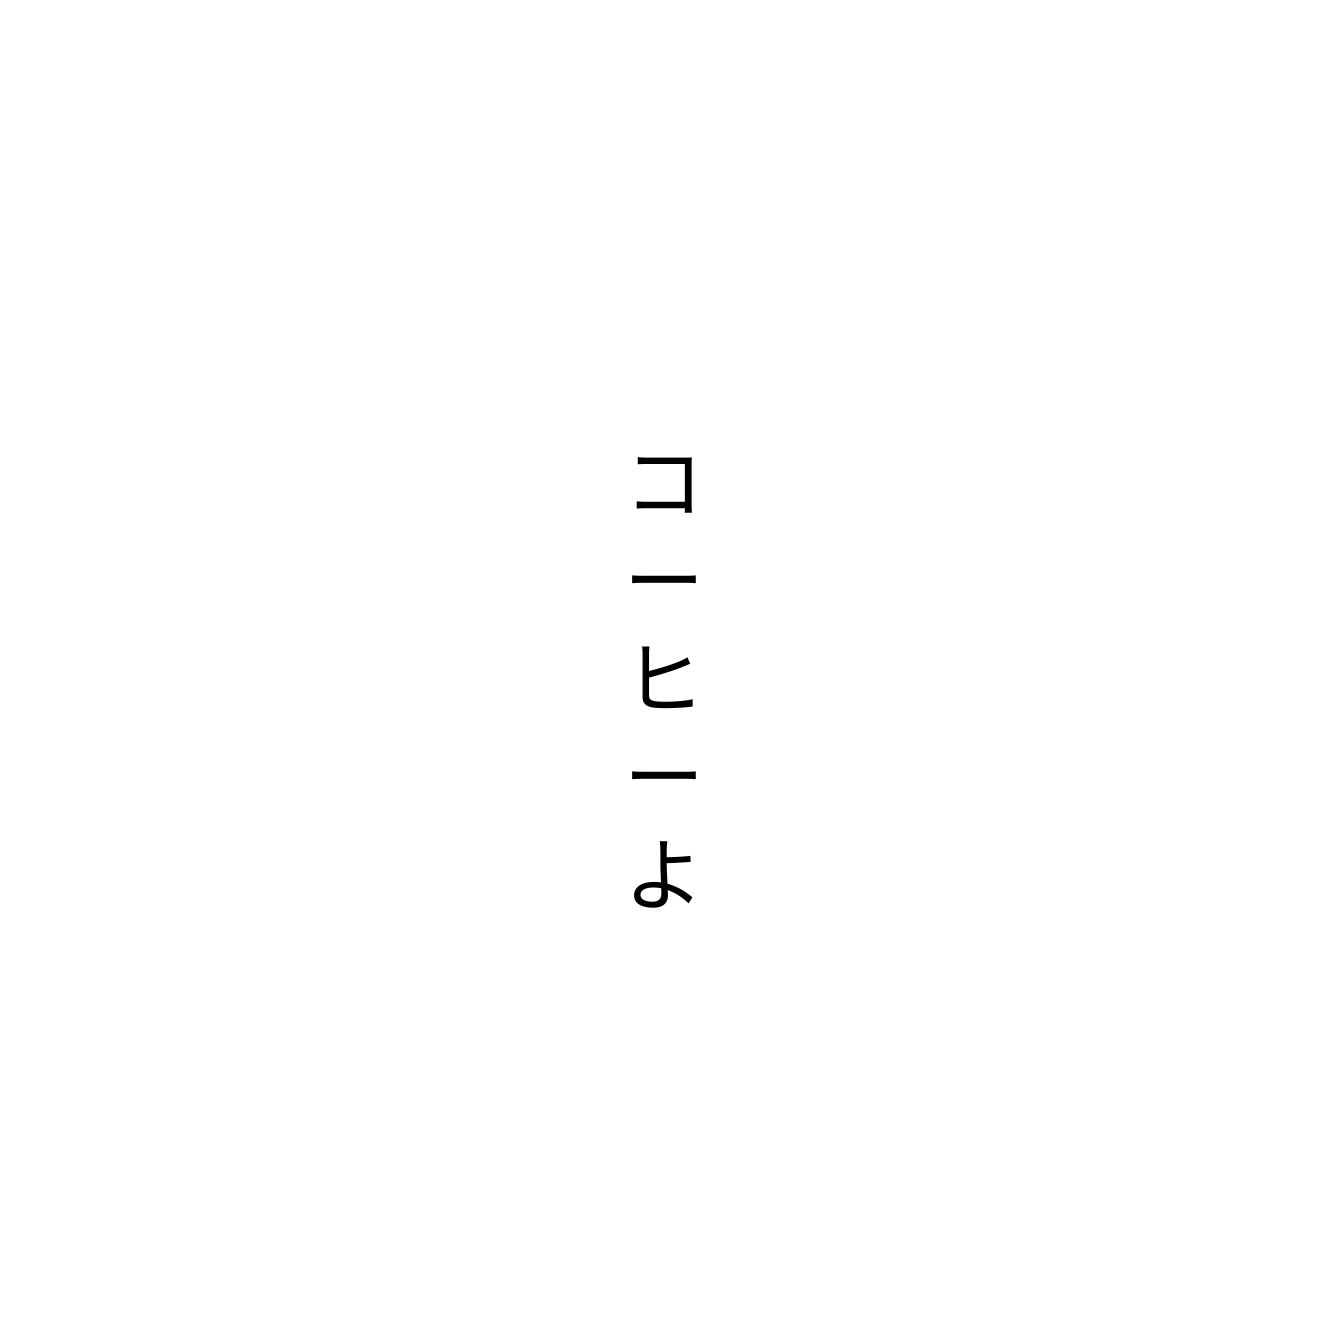
コーヒーよ